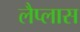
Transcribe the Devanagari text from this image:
लैप्लास